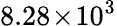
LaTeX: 8.28\! \times\! 10^{3}